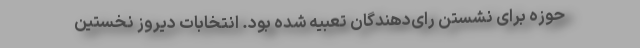
حوزه برای نشستن رای‌دهندگان تعبیه شده بود. انتخابات دیروز نخستین